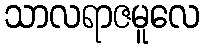
သာလရာဇမူလေ